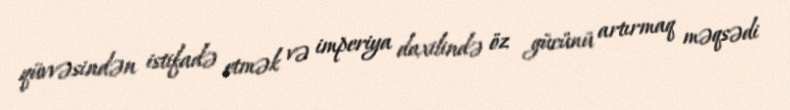
qüvvəsindən istifadə etmək və imperiya daxilində öz gücünü artırmaq məqsədi